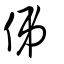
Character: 伄